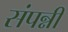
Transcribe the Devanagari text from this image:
संपन्नी